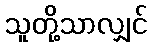
သူတို့သာလျှင်